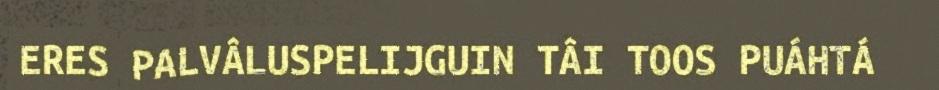
ERES PALVÂLUSPELIJGUIN TÂI TOOS PUÁHTÁ